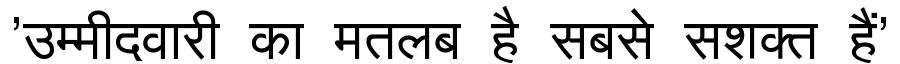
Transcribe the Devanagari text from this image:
'उम्मीदवारी का मतलब है सबसे सशक्त हैं'